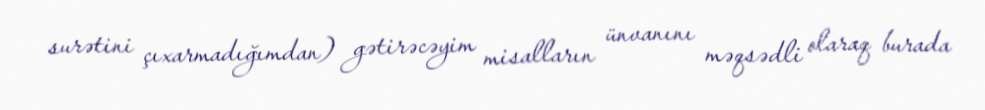
surətini çıxarmadığımdan) gətirəcəyim misalların ünvanını məqsədli olaraq burada